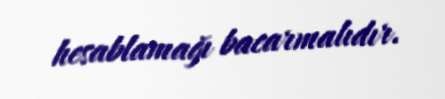
hesablamağı bacarmalıdır.